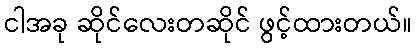
ငါအခု ဆိုင်လေးတဆိုင် ဖွင့်ထားတယ်။